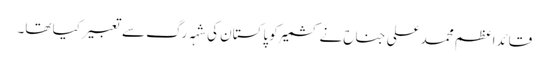
قائداعظم محمد علی جناح نے کشمیر کو پاکستان کی شہہ رگ سے تعبیر کیا تھا۔